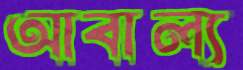
আবাল্য